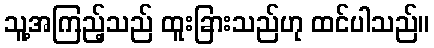
သူ့အကြည့်သည် ထူးခြားသည်ဟု ထင်ပါသည်။